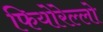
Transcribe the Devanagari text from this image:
फियोरेल्‍लो